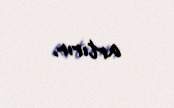
artırır.